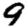
Digit: 9